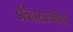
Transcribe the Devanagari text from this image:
इतिहासान्वेषियों